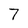
Character: 7